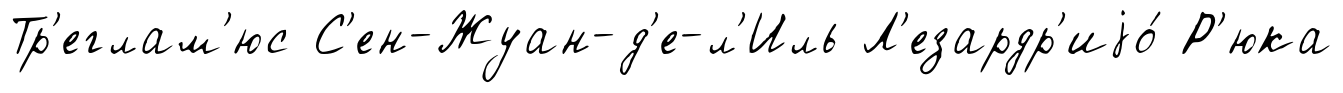
Тр'еглам'юс С'ен-Жуан-д'е-л'Иль Л'езардр'иjо́ Р'юка